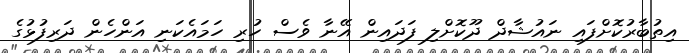
އިތުބާރުކޮށްފައި ނައުޝާދް ދޫކޮށްލި ފަދައިން އޭނާ ވެސް ހުރި ހަމައެކަނި އަންހެން ދަރިފުޅުގެ